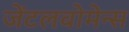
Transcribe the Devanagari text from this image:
जेंटलवोमेन्स